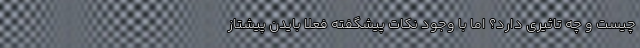
چیست و چه تاثیری دارد؟ اما با وجود نکات پیشگفته فعلا بایدن پیشتاز